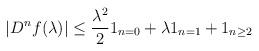
LaTeX: \begin{align*} |D^n f(\lambda)|\leq\frac{\lambda^2}{2}1_{n=0}+\lambda1_{n=1}+1_{n\geq2}\end{align*}